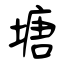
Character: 塘